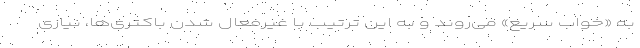
به «خواب سریع» می‌روند و به این ترتیب با غیرفعال شدن باکتری‌ها، نیازی